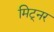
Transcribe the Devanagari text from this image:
मिट्नर